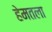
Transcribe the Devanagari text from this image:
हेमतला